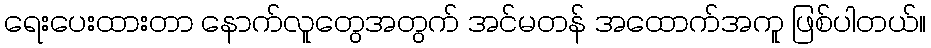
ရေးပေးထားတာ နောက်လူတွေအတွက် အင်မတန် အထောက်အကူ ဖြစ်ပါတယ်။